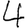
Digit: 4